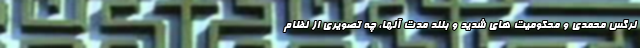
نرگس محمدی و محکومیت های شدید و بلند مدت آنها، چه تصویری از نظام